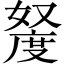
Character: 𫱩